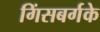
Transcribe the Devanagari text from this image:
गिंसबर्गके